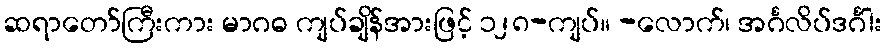
ဆရာတော်ကြီးကား မာဂဓ ကျပ်ချိန်အားဖြင့် ၁၂၈-ကျပ်။ -လောက်၊ အင်္ဂလိပ်ဒင်္ဂါး